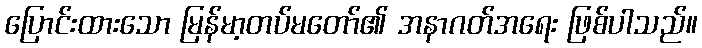
ပြောင်းထားသော မြန်မာ့တပ်မတော်၏ အနာဂတ်အရေး ဖြစ်ပါသည်။